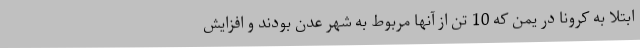
ابتلا به کرونا در یمن که 10 تن از آنها مربوط به شهر عدن بودند و افزایش